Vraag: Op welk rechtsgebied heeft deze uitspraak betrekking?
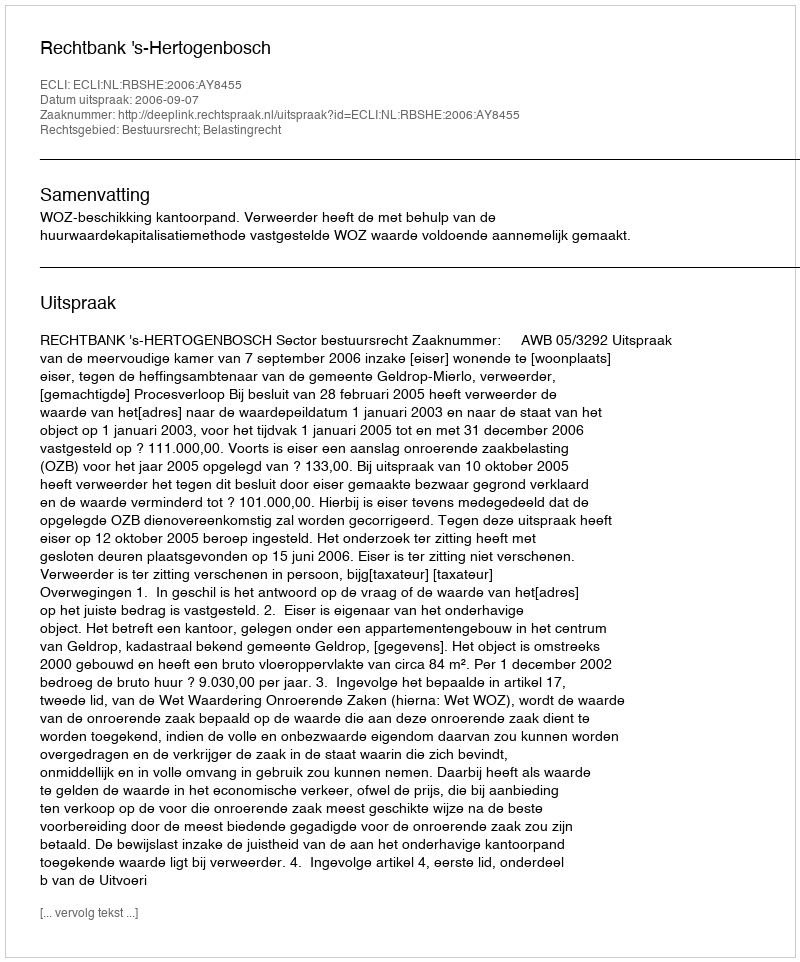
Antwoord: Bestuursrecht; Belastingrecht